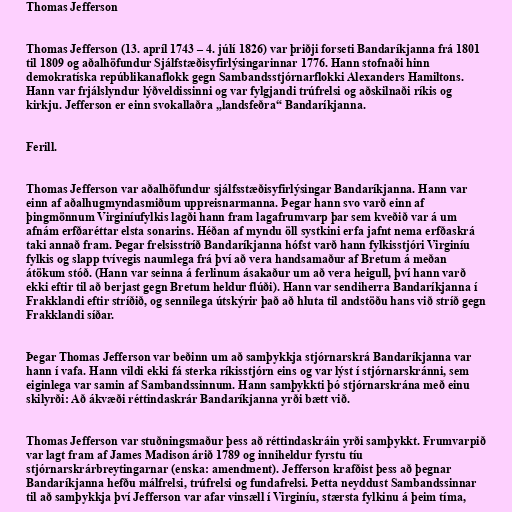
Thomas Jefferson

Thomas Jefferson (13. apríl 1743 – 4. júlí 1826) var þriðji forseti Bandaríkjanna frá 1801
til 1809 og aðalhöfundur Sjálfstæðisyfirlýsingarinnar 1776. Hann stofnaði hinn
demokratíska repúblikanaflokk gegn Sambandsstjórnarflokki Alexanders Hamiltons.
Hann var frjálslyndur lýðveldissinni og var fylgjandi trúfrelsi og aðskilnaði ríkis og
kirkju. Jefferson er einn svokallaðra „landsfeðra“ Bandaríkjanna.

Ferill.

Thomas Jefferson var aðalhöfundur sjálfsstæðisyfirlýsingar Bandaríkjanna. Hann var
einn af aðalhugmyndasmiðum uppreisnarmanna. Þegar hann svo varð einn af
þingmönnum Virginíufylkis lagði hann fram lagafrumvarp þar sem kveðið var á um
afnám erfðaréttar elsta sonarins. Héðan af myndu öll systkini erfa jafnt nema erfðaskrá
taki annað fram. Þegar frelsisstríð Bandaríkjanna hófst varð hann fylkisstjóri Virginíu
fylkis og slapp tvívegis naumlega frá því að vera handsamaður af Bretum á meðan
átökum stóð. (Hann var seinna á ferlinum ásakaður um að vera heigull, því hann varð
ekki eftir til að berjast gegn Bretum heldur flúði). Hann var sendiherra Bandaríkjanna í
Frakklandi eftir stríðið, og sennilega útskýrir það að hluta til andstöðu hans við stríð gegn
Frakklandi síðar.

Þegar Thomas Jefferson var beðinn um að samþykkja stjórnarskrá Bandaríkjanna var
hann í vafa. Hann vildi ekki fá sterka ríkisstjórn eins og var lýst í stjórnarskránni, sem
eiginlega var samin af Sambandssinnum. Hann samþykkti þó stjórnarskrána með einu
skilyrði: Að ákvæði réttindaskrár Bandaríkjanna yrði bætt við.

Thomas Jefferson var stuðningsmaður þess að réttindaskráin yrði samþykkt. Frumvarpið
var lagt fram af James Madison árið 1789 og inniheldur fyrstu tíu
stjórnarskrárbreytingarnar (enska: amendment). Jefferson krafðist þess að þegnar
Bandaríkjanna hefðu málfrelsi, trúfrelsi og fundafrelsi. Þetta neyddust Sambandssinnar
til að samþykkja því Jefferson var afar vinsæll í Virginíu, stærsta fylkinu á þeim tíma,